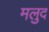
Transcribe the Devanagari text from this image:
मलुद